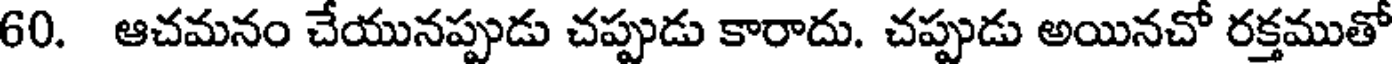
60. ఆచమనం చేయునప్పుడు చప్పుడు కారాదు. చప్పుడు అయినచో రక్తముతో